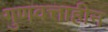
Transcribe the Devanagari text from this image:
गुणवत्ताहीन